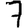
Digit: 7